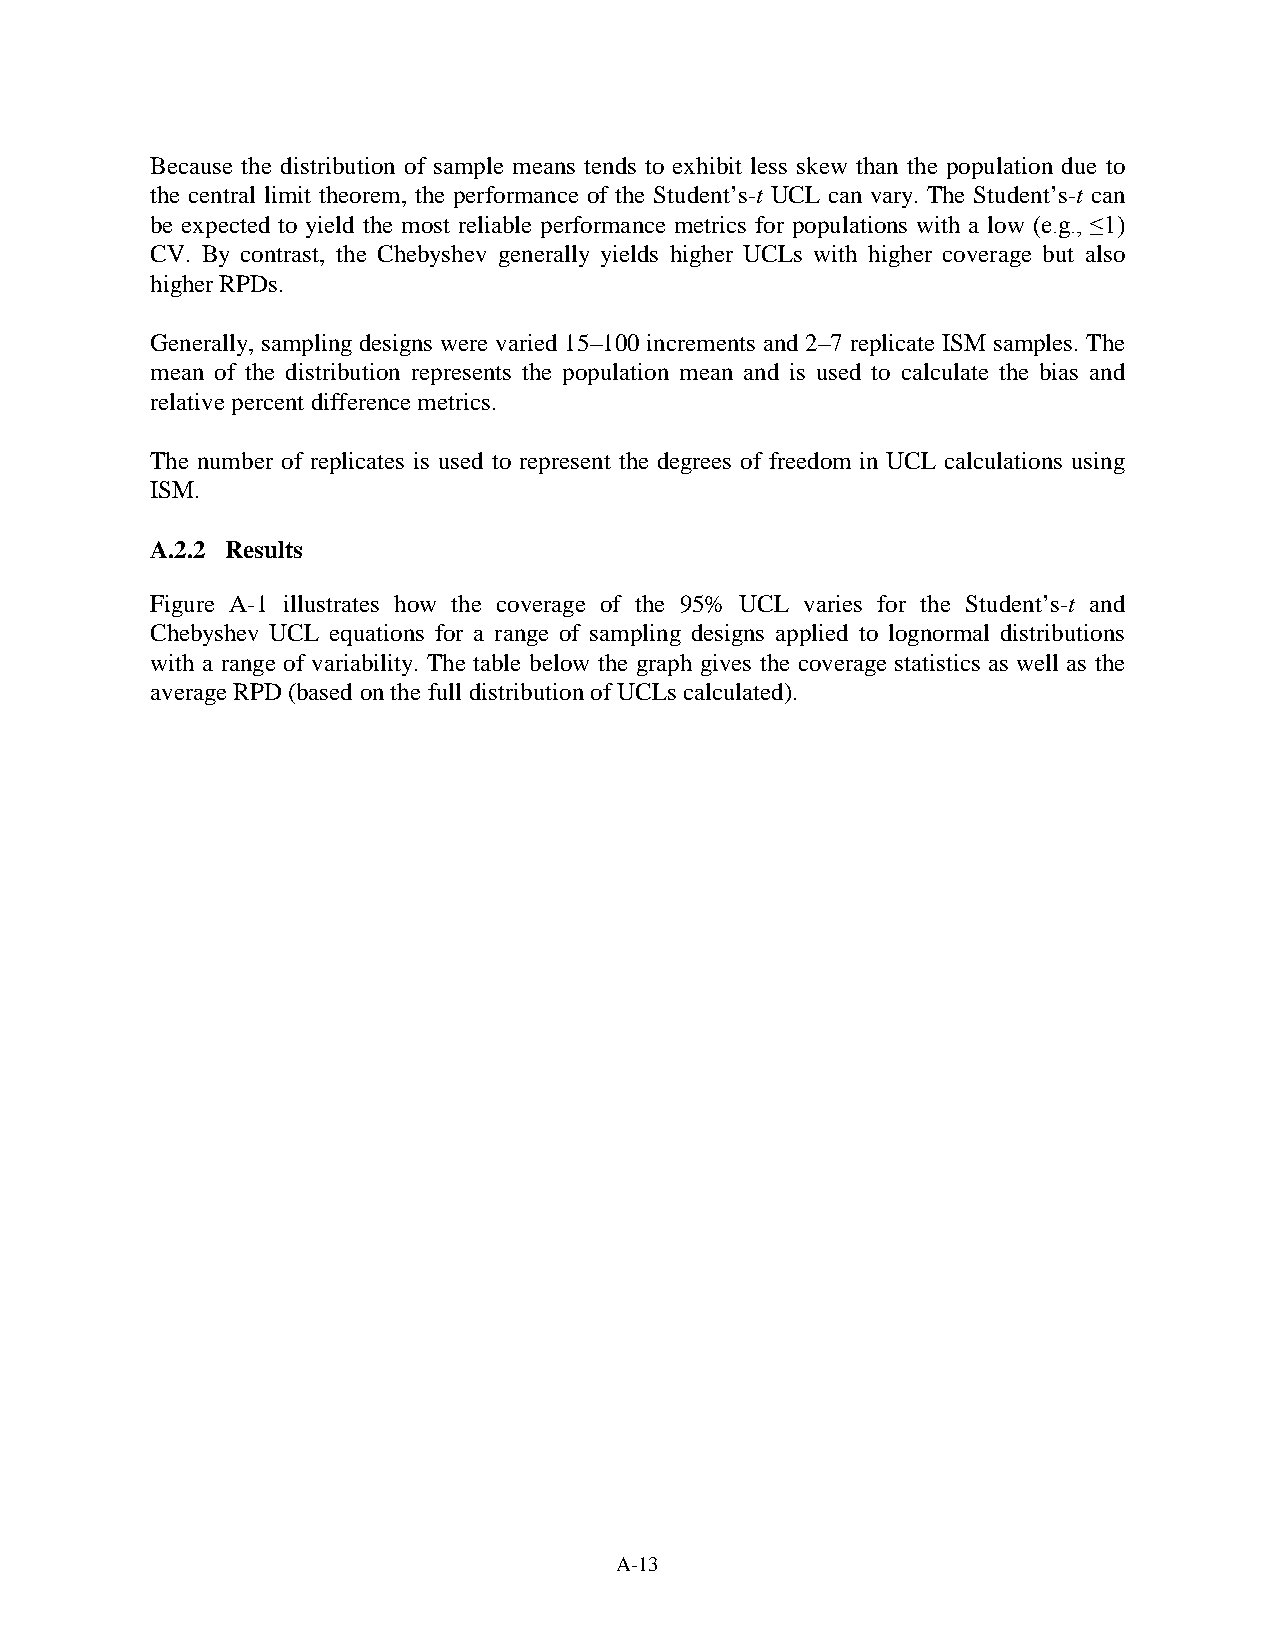
Because the distribution of sample means tends to exhibit less skew than the population due to
 the central limit theorem, the performance of the Student’s-t UCL can vary. The Student’s-t can
 be expected to yield the most reliable performance metrics for populations with a low (e.g., ≤1)
 CV. By contrast, the Chebyshev generally yields higher UCLs with higher coverage but also
 higher RPDs.
 Generally, sampling designs were varied 15–100 increments and 2–7 replicate ISM samples. The
 mean of the distribution represents the population mean and is used to calculate the bias and
 relative percent difference metrics.
 The number of replicates is used to represent the degrees of freedom in UCL calculations using
 ISM.
 A.2.2 Results
 Figure A-1 illustrates how the coverage of the 95% UCL varies for the Student’s-t and
 Chebyshev UCL equations for a range of sampling designs applied to lognormal distributions
 with a range of variability. The table below the graph gives the coverage statistics as well as the
 average RPD (based on the full distribution of UCLs calculated).
 A-13